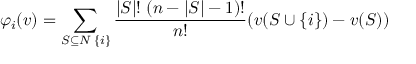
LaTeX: \varphi _ { i } ( v ) = \sum _ { S \subseteq N \setminus \{ i \} } { \frac { | S | ! \; ( n - | S | - 1 ) ! } { n ! } } ( v ( S \cup \{ i \} ) - v ( S ) )